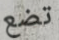
تضع